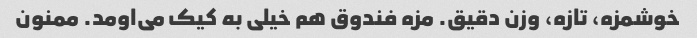
خوشمزه، تازه، وزن دقیق. مزه فندوق هم خیلی به کیک می‌اومد. ممنون